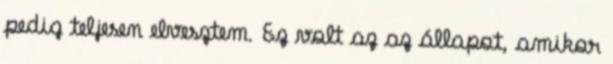
pedig teljesen elvesztem. Ez volt az az állapot, amikor